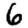
Digit: 6